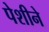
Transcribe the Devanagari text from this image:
पेशीने